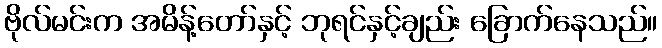
ဗိုလ်မင်းက အမိန့်တော်နှင့် ဘုရင်နှင့်ချည်း ခြောက်နေသည်။